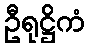
ဦရုဋ္ဌိကံ